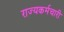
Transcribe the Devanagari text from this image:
राज्यकर्मचारी